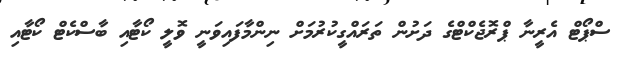
ސްޕޯޓް އެރީނާ ޕްރޮޖެކްޓްގެ ދަށުން ތަރައްގީކުރުމަށް ނިންމާފައިވަނީ ވޮލީ ކޯޓާއި ބާސްކެޓް ކޯޓާއި